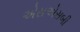
એસએસબી